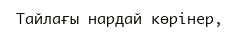
Тайлағы нардай көрінер,